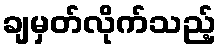
ချမှတ်လိုက်သည့်